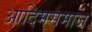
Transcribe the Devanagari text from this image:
आदिमसमाज